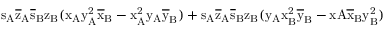
\mathrm { s _ { A } \mathrm { \overline { { z } } _ { A } \mathrm { \overline { { s } } _ { B } \mathrm { z _ { B } ( \mathrm { x _ { A } \mathrm { y _ { A } ^ { 2 } \mathrm { \overline { { x } } _ { B } - \mathrm { x _ { A } ^ { 2 } \mathrm { y _ { A } \mathrm { \overline { { y } } _ { B } ) + \mathrm { s _ { A } \mathrm { \overline { { z } } _ { A } \mathrm { \overline { { s } } _ { B } \mathrm { z _ { B } ( \mathrm { y _ { A } \mathrm { x _ { B } ^ { 2 } \mathrm { \overline { { y } } _ { B } - x A \mathrm { \overline { { x } } _ { B } \mathrm { y _ { B } ^ { 2 } ) } } } } } } } } } } } } } } } } } } }